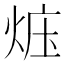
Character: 𪸱